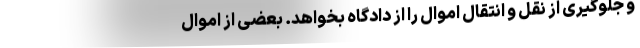
و جلوگیری از نقل و انتقال اموال را از دادگاه بخواهد. بعضی از اموال